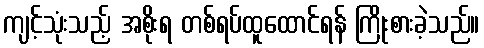
ကျင့်သုံးသည့် အစိုးရ တစ်ရပ်ထူထောင်ရန် ကြိုးစားခဲ့သည်။